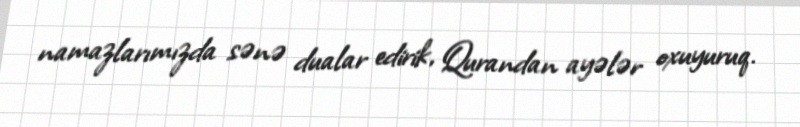
namazlarımızda sənə dualar edirik, Qurandan ayələr oxuyuruq.